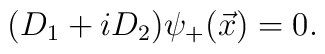
(D_1 + i D_2 ) {\psi}_+ ( \vec{x})  =  0.